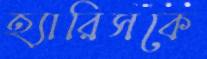
হ্যারিসকে